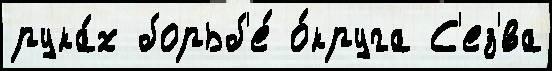
рука́х борьб'е́ о́круга С'ез'́ва